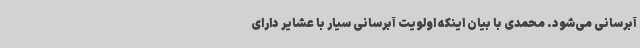
آبرسانی می‌شود. محمدی با بیان اینکه اولویت آبرسانی سیار با عشایر دارای